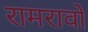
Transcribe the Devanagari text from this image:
रामरावो